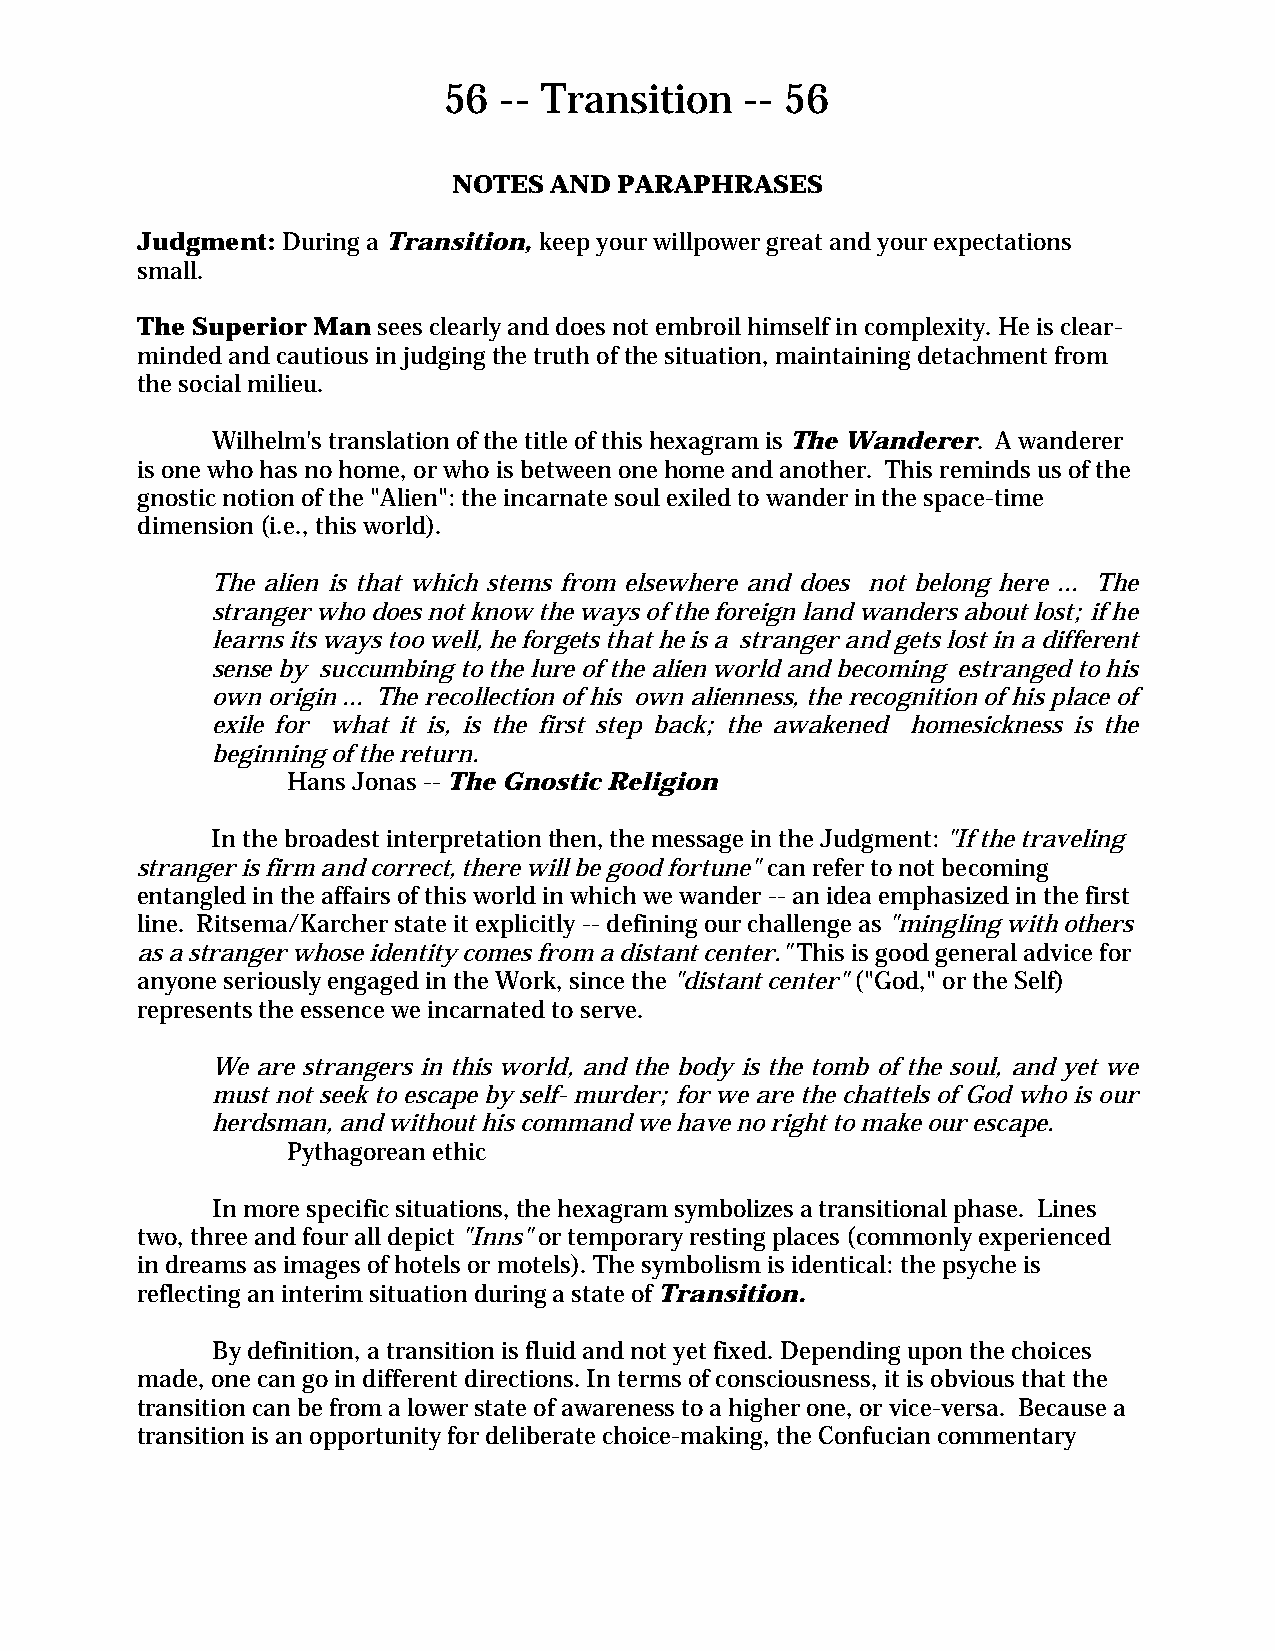
56  -- Transition   -- 56
 NOTES AND  PARAPHRASES
 Judgment: During a Transition, keep your willpower great and your expectations
 small.
 The Superior Man sees clearly and does not embroil himself in complexity. He is clear-
 minded and cautious in judging the truth of the situation, maintaining detachment from
 the social milieu.
 Wilhelm's translation of the title of this hexagram is The Wanderer. A wanderer
 is one who has no home, or who is between one home and another. This reminds us of the
 gnostic notion of the "Alien": the incarnate soul exiled to wander in the space-time
 dimension (i.e., this world).
 The alien is that which stems from elsewhere and does not belong here ... The
 stranger who does not know the ways of the foreign land wanders about lost; if he
 learns its ways too well, he forgets that he is a stranger and gets lost in a different
 sense by succumbing to the lure of the alien world and becoming estranged to his
 own origin ... The recollection of his own alienness, the recognition of his place of
 exile for what it is, is the first step back; the awakened homesickness is the
 beginning of the return.
 Hans Jonas -- The Gnostic Religion
 In the broadest interpretation then, the message in the Judgment: "If the traveling
 stranger is firm and correct, there will be good fortune" can refer to not becoming
 entangled in the affairs of this world in which we wander -- an idea emphasized in the first
 line. Ritsema/Karcher state it explicitly -- defining our challenge as "mingling with others
 as a stranger whose identity comes from a distant center." This is good general advice for
 anyone seriously engaged in the Work, since the "distant center" ("God," or the Self)
 represents the essence we incarnated to serve.
 We are strangers in this world, and the body is the tomb of the soul, and yet we
 must not seek to escape by self- murder; for we are the chattels of God who is our
 herdsman, and without his command we have no right to make our escape.
 Pythagorean ethic
 In more specific situations, the hexagram symbolizes a transitional phase. Lines
 two, three and four all depict "Inns" or temporary resting places (commonly experienced
 in dreams as images of hotels or motels). The symbolism is identical: the psyche is
 reflecting an interim situation during a state of Transition.
 By definition, a transition is fluid and not yet fixed. Depending upon the choices
 made, one can go in different directions. In terms of consciousness, it is obvious that the
 transition can be from a lower state of awareness to a higher one, or vice-versa. Because a
 transition is an opportunity for deliberate choice-making, the Confucian commentary